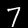
Digit: 7